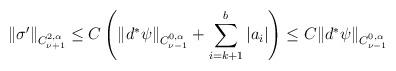
LaTeX: \begin{align*}\|\sigma'\|_{C^{2,\alpha}_{\nu+1}} \leq C\left( \| d^\ast\psi\|_{C^{0,\alpha}_{\nu-1}} + \sum_{i=k+1}^b{|a_i|}\right) \leq C\| d^\ast\psi\|_{C^{0,\alpha}_{\nu-1}}\end{align*}